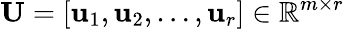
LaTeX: \mathbf{U}=[\mathbf{u}_{1},\mathbf{u}_{2},\ldots,\mathbf{u}_{r}]\in\mathbb{R}^{m\times r}